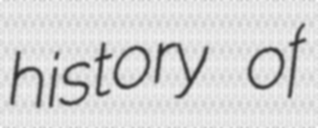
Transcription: history of